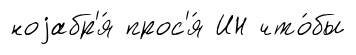
ноjабр'я́ прос'я́ ИН что́бы